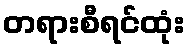
တရားစီရင်ထုံး